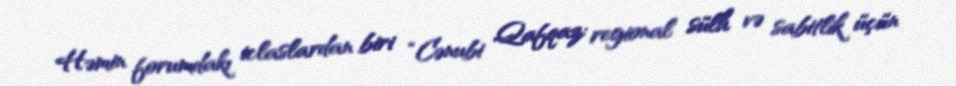
Həmin forumdakı iclaslardan biri “Cənubi Qafqaz: regional sülh və sabitlik üçün